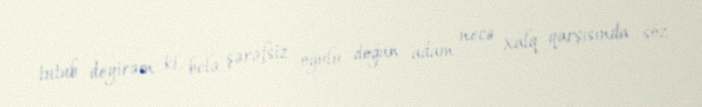
tutub deyirəm ki, belə şərəfsiz oğulu doğan adam necə xalq qarşısında söz